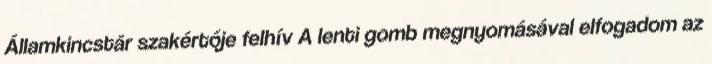
Államkincstár szakértője felhív A lenti gomb megnyomásával elfogadom az